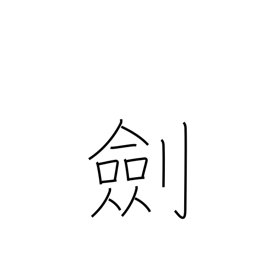
Meaning: sword